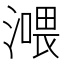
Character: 𣾿